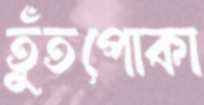
তুঁতপোকা